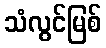
သံလွင်မြစ်